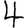
Digit: 4